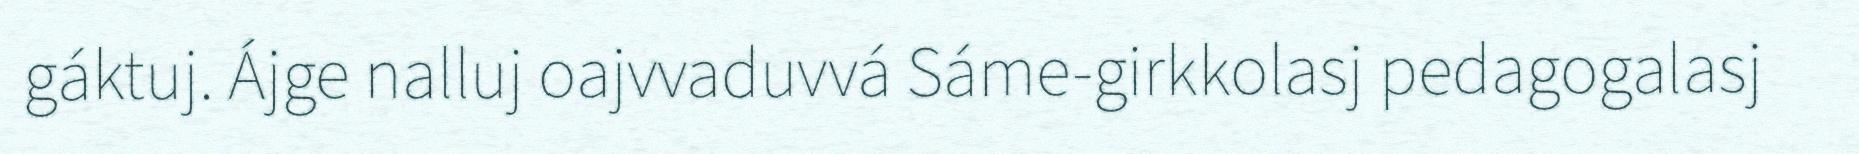
gáktuj. Ájge nalluj oajvvaduvvá Sáme-girkkolasj pedagogalasj